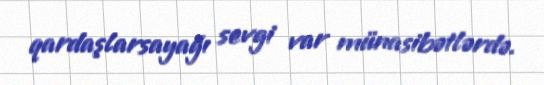
qardaşlarsayağı sevgi var münasibətlərdə.